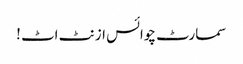
سمارٹ چوائس ازنٹ اٹ !